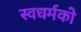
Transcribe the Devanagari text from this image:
स्‍वधर्मको